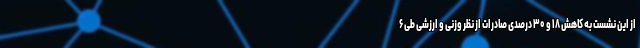
از این نشست به کاهش ۱۸ و ۳۰ درصدی صادرات از نظر وزنی و ارزشی طی ۶